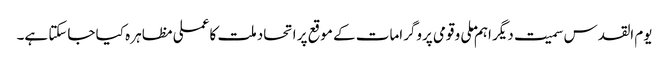
یوم القدس سمیت دیگر اہم ملی و قومی پروگرامات کے موقع پر اتحاد ملت کا عملی مظاہر ہ کیا جاسکتا ہے۔